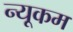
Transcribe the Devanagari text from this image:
न्यूकम